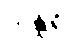
သန္ထရိ